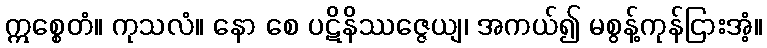
ဣစ္စေတံ။ ကုသလံ။ နော စေ ပဋိနိဿဇ္ဇေယျ၊ အကယ်၍ မစွန့်ကုန်ငြားအံ့။